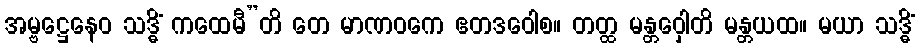
အမ္ဗဋ္ဌေနေဝ သဒ္ဓိံ ကထေမီ”တိ တေ မာဏဝကေ ဧတဒဝေါစ။ တတ္ထ မန္တဝှေါတိ မန္တယထ။ မယာ သဒ္ဓိံ